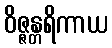
ဝိဇ္ဇန္တရိကာယ